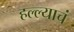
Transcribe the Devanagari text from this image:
हल्ल्याचं